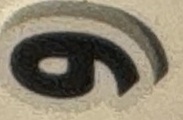
و